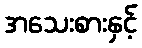
အသေးစားနှင့်